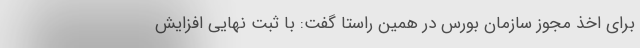
برای اخذ مجوز سازمان بورس در همین راستا گفت: با ثبت نهایی افزایش